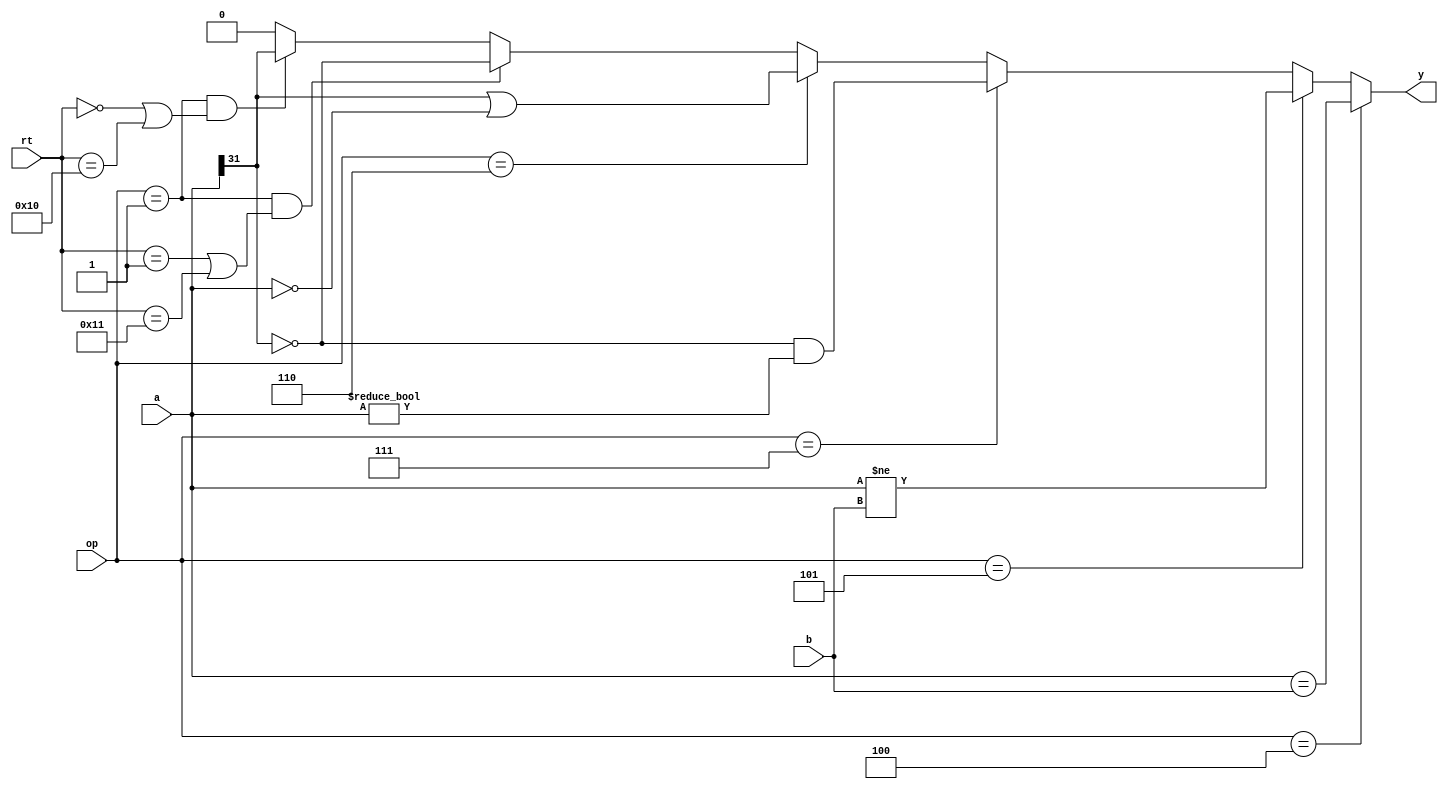
`timescale 1ns / 1ps
//////////////////////////////////////////////////////////////////////////////////
// Company: 
// Engineer: 
// 
// Design Name: 
// Module Name: eqcmp
// Project Name: 
// Target Devices: 
// Tool Versions: 
// Description: 
// 
// Dependencies: 
// 
// Revision:
// Revision 0.01 - File Created
// Additional Comments:
// 
//////////////////////////////////////////////////////////////////////////////////

module eqcmp(
	input wire [31:0] a,b, //a=rs,b=rt
	input wire [5:0] op,
	input wire [4:0] rt,   //rt
	output wire y
    );

	assign y = (op == 6'b000100) ? (a == b):      //BEQ
	           (op == 6'b000101) ? (a != b):      //BNE
	           (op == 6'b000111) ? ((a[31] == 1'b0) && (a != 32'b0)):     //BGTZ,a>0
	           (op == 6'b000110) ? ((a[31] == 1'b1) || (a == 32'b0)):     //BLEZ,a<=0
	           ((op == 6'b000001) && ((rt == 5'b00001) || (rt == 5'b10001))) ? (a[31] == 1'b0):    //BGEZ,a>=0
	           ((op == 6'b000001) && ((rt == 5'b00000) || (rt == 5'b10000))) ? (a[31] == 1'b1):    //BLTZ,a<0
	           1'b0;
endmodule